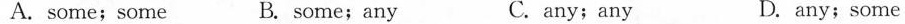
A.some;some B. some;any C. any;any D.any;some